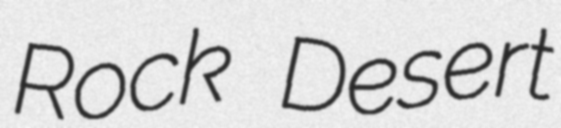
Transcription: Rock Desert